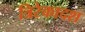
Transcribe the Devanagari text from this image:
त्रिरेकादश